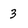
Character: 3